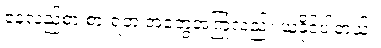
နေ့လည်စာ စားရတဲ့ အတွေ့အကြုံလည်း ယူနိုင်ပါတယ်။